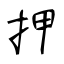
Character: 押